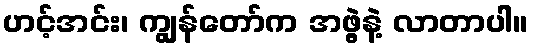
ဟင့်အင်း၊ ကျွန်တော်က အဖွဲ့နဲ့ လာတာပါ။